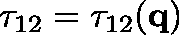
\mathbf { \tau } _ { 1 2 } = \mathbf { \tau } _ { 1 2 } ( \mathbf { q } )